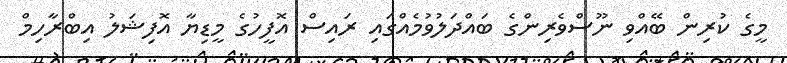
މީގެ ކުރިން ބޭއްވި ނޫސްވެރިންގެ ބައްދަލުވުމެއްގައި ރައިސް އޮފީހުގެ މީޑިޔާ އޮފިޝަލު އިބްރާހިމް